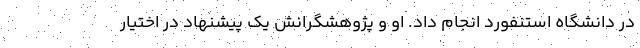
در دانشگاه استنفورد انجام داد. او و پژوهشگرانش یک پیشنهاد در اختیار